Indian journal of veterinary science and animal husbandry - Volumes 22-23, 1952-1953
Year: 1952
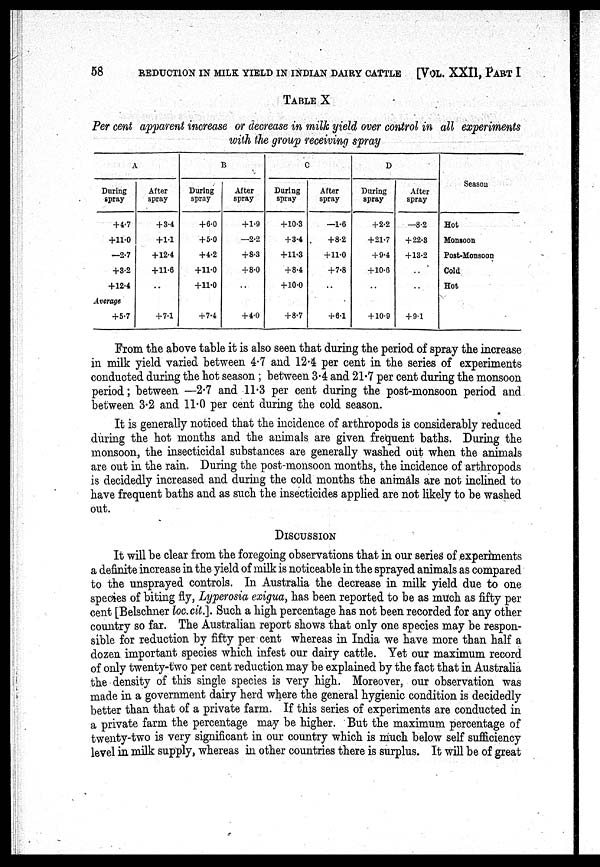
58
REDUCTION IN MILK YIELD IN INDIAN DAIRY CATTLE
[VOL. XXII, PART I
TABLE X
Per cent apparent increase or decrease in milk yield over control in all experiments
with the group receiving spray
A
During
spray
+4.7
+11.0
—2.7
+3.2
+12.4
Average
+ 5.7
After
spray
+ 3.4
+1.1
+12.4
+11.6
..
+ 7.1
B
During
spray
+6.0
+5.0
+4.2
+11.0
+11.0
+ 7.4
After
spray
+1.9
—2.2
+8.3
+8.0
..
+4.0
C
During
spray
+10.3
+3.4
+11.3
+8.4
+10.0
+8.7
After
spray
—1.6
+8.2
+11.0
+7.8
..
+6.1
D
During
spray
+2.2
+21.7
+ 9.4
+ 10.6
..
+10.9
After
spray
—8.2
+ 22.3
+ 13.2
..
..
+ 9.1
Season
Hot
Monsoon
Post-Monsoon
Cold
Hot
From the above table it is also seen that during the period of spray the increase
in milk yield varied between 4.7 and 12.4 per cent in the series of experiments
conducted during the hot season; between 3.4 and 21.7 per cent during the monsoon
period; between —2.7 and 11.3 per cent during the post-monsoon period and
between 3.2 and 11.0 per cent during the cold season.
It is generally noticed that the incidence of arthropods is considerably reduced
during the hot months and the animals are given frequent baths. During the
monsoon, the insecticidal substances are generally washed out when the animals
are out in the rain. During the post-monsoon months, the incidence of arthropods
is decidedly increased and during the cold months the animals are not inclined to
have frequent baths and as such the insecticides applied are not likely to be washed
out.
DISCUSSION
It will be clear from the foregoing observations that in our series of experiments
a definite increase in the yield of milk is noticeable in the sprayed animals as compared
to the unsprayed controls. In Australia the decrease in milk yield due to one
species of biting fly, Lyperosia exigua, has been reported to be as much as fifty per
cent [Belschner loc.cit.]. Such a high percentage has not been recorded for any other
country so far. The Australian report shows that only one species may be respon-
sible for reduction by fifty per cent whereas in India we have more than half a
dozen important species which infest our dairy cattle. Yet our maximum record
of only twenty-two per cent reduction may be explained by the fact that in Australia
the density of this single species is very high. Moreover, our observation was
made in a government dairy herd where the general hygienic condition is decidedly
better than that of a private farm. If this series of experiments are conducted in
a private farm the percentage may be higher. But the maximum percentage of
twenty-two is very significant in our country which is much below self sufficiency
level in milk supply, whereas in other countries there is surplus. It will be of great